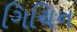
ગિચિન